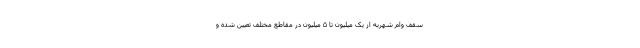
سقف وام شهریه از یک میلیون تا ۵ میلیون در مقاطع مختلف تعیین شده و